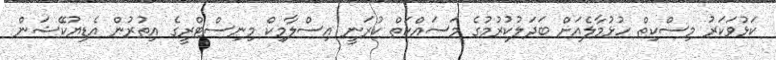
ކަޅުވަކަރު މިސްކިތް ހުޅުމާލެއަށް ބަދަލުކުރުމުގެ މަސައްކަތް ކުރަނީ އިސްލާމިކް މިނިސްޓްރީގެ އިތުރުން އެޑިޔުކޭޝަން